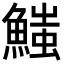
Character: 𩺉